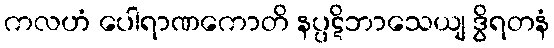
ကလဟံ ပေါရာဏကောတိ နပ္ပဋိဘာသေယျ ဒွိရတနံ